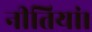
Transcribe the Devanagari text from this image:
नीतियां।